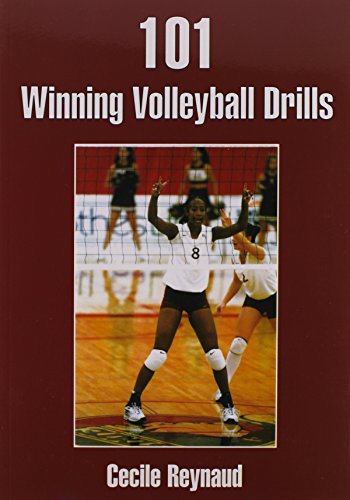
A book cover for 101 Winning Volleyball Drills; Cecile Reynaud; Sports & Outdoors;